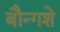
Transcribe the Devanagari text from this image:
बौन्गशे